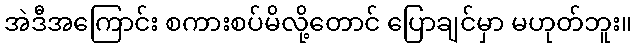
အဲဒီအကြောင်း စကားစပ်မိလို့တောင် ပြောချင်မှာ မဟုတ်ဘူး။